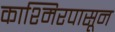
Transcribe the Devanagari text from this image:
काश्मिरपासून